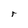
Character: r